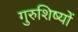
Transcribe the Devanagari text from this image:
गुरुशिष्यों